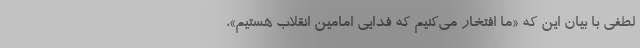
لطفی با بیان این که «ما افتخار می‌کنیم که فدایی امامین انقلاب هستیم»،